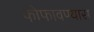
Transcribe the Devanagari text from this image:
फोफावण्यास